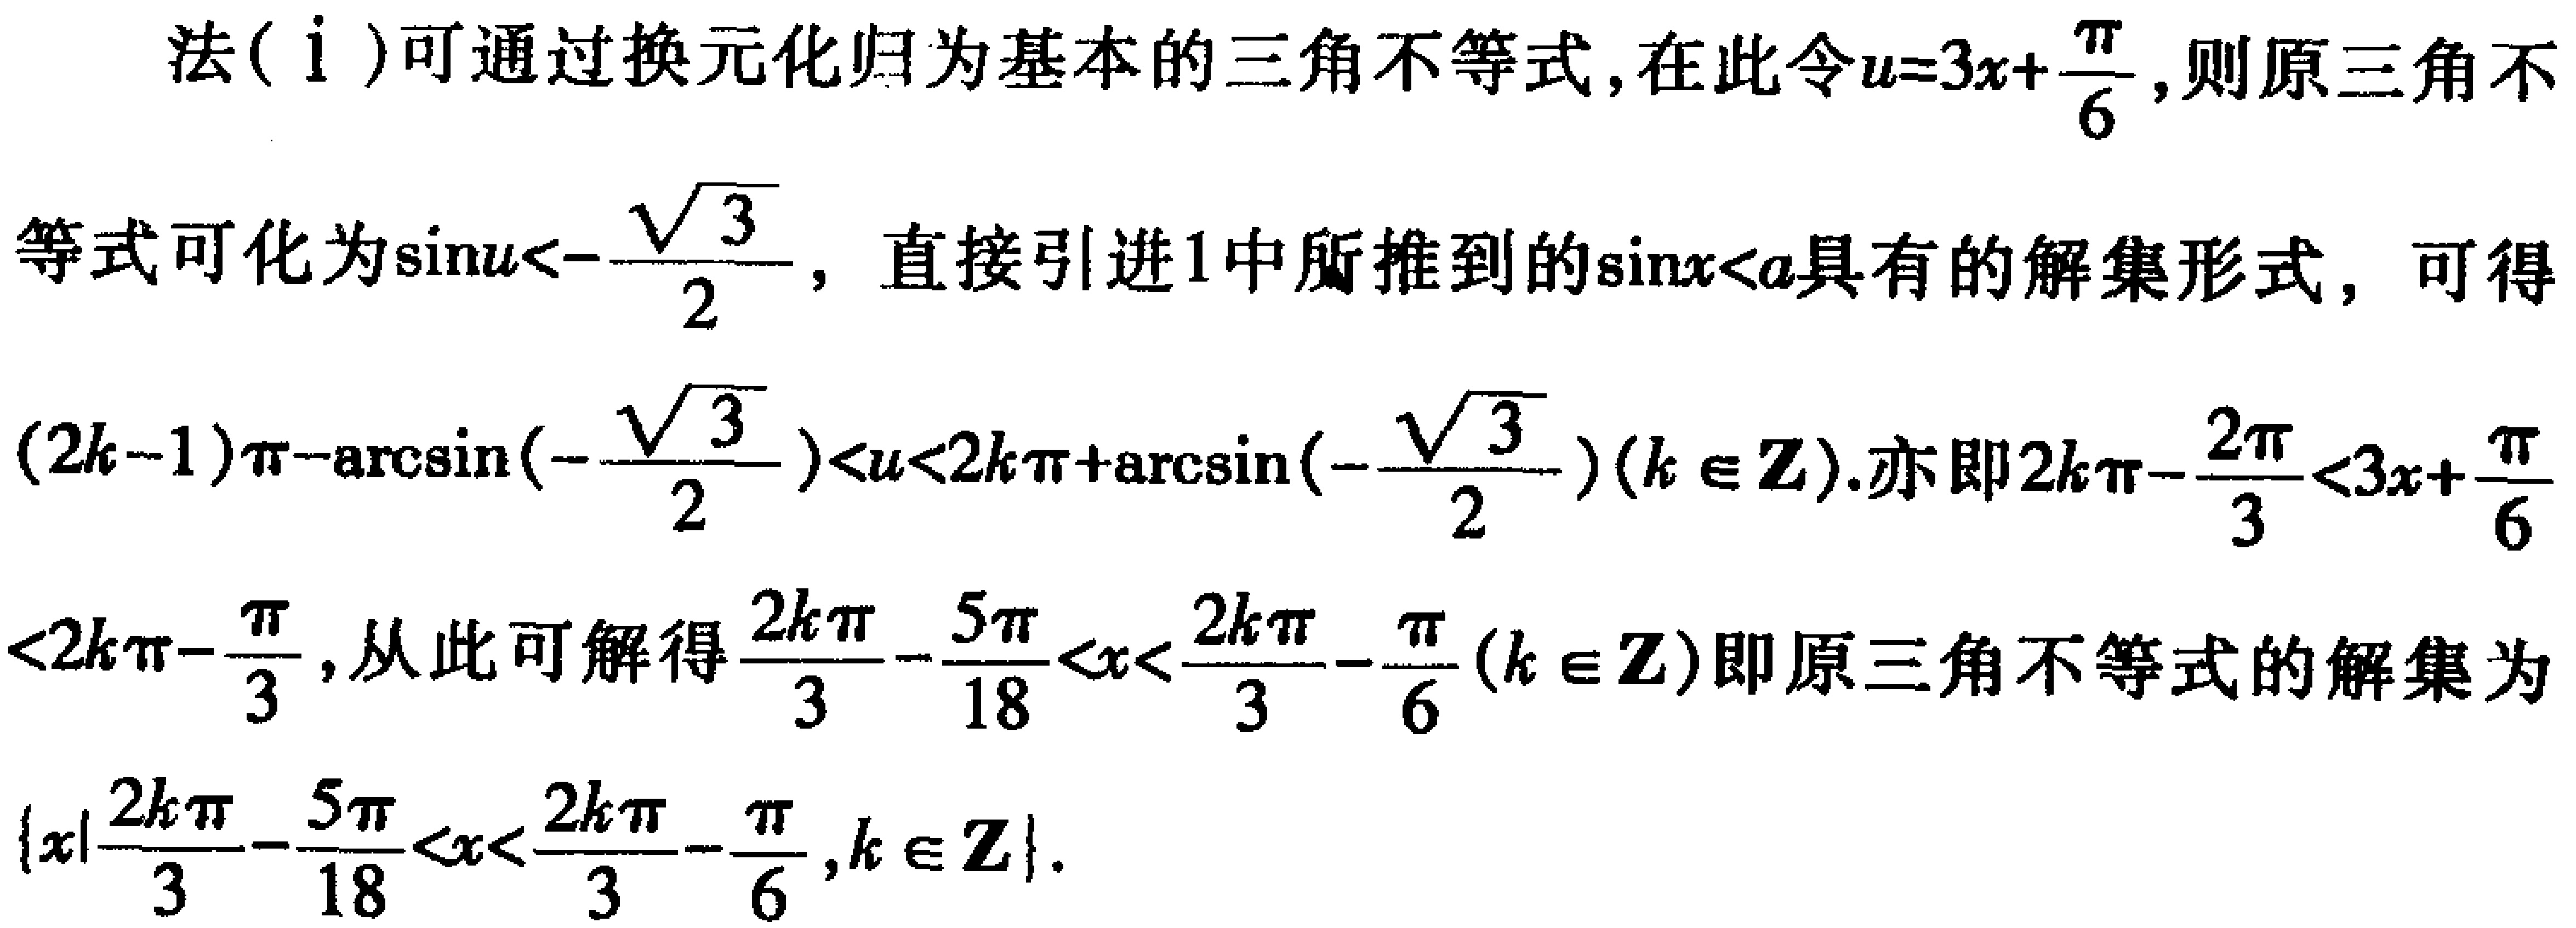
法(ⅰ)可通过换元化归为基本的三角不等式, 在此令\(u = 3x+\frac{\pi}{6}\), 则原三角不等式可化为\(\sin u<-\frac{\sqrt{3}}{2}\), 直接引进1中所推到的\(\sin x < a\)具有的解集形式, 可得\((2k - 1)\pi-\arcsin(-\frac{\sqrt{3}}{2})<u<2k\pi+\arcsin(-\frac{\sqrt{3}}{2})(k\in\mathbf{Z})\). 亦即\(2k\pi-\frac{2\pi}{3}<3x+\frac{\pi}{6}<2k\pi-\frac{\pi}{3}\), 从此可解得\(\frac{2k\pi}{3}-\frac{5\pi}{18}<x<\frac{2k\pi}{3}-\frac{\pi}{6}(k\in\mathbf{Z})\)即原三角不等式的解集为\(\{x|\frac{2k\pi}{3}-\frac{5\pi}{18}<x<\frac{2k\pi}{3}-\frac{\pi}{6},k\in\mathbf{Z}\}\).